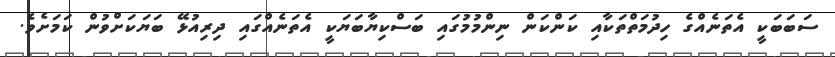
ސަބަބަކީ އެތަނެއްގެ ހިދުމަތްތަކާއި ކަންކަން ނިންމުމުގައި ބަސްކިޔާބަޔަކީ އެތަނެއްގައި ދިރިއުޅޭ ބަޔަކަށްވުން ކަމަށެވެ.